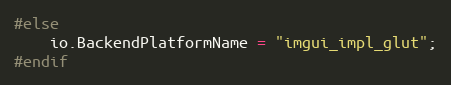
Language: C++
#else
    io.BackendPlatformName = "imgui_impl_glut";
#endif